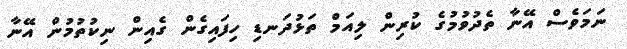
ނަމަވެސް އޭނާ ތެދުވުމުގެ ކުރިން ލިއަމް ތަޅުދަނޑި ހިފައިގެން ގެއިން ނިކުތުމުން އޭނާ